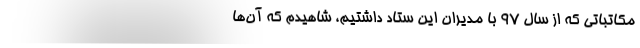
مکاتباتی که از سال ۹۷ با مدیران این ستاد داشتیم، شاهیدم که آن‌ها